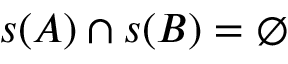
s ( A ) \cap s ( B ) = \emptyset